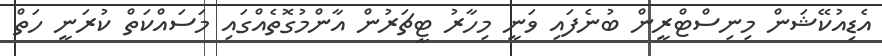
އެޑިއުކޭޝަން މިނިސްޓްރީން ބުނެފައި ވަނީ މިހާރު ޓީޗަރުން އާންމުގޮތެއްގައި މަސައްކަތް ކުރަނީ ހަތް